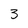
Character: 3